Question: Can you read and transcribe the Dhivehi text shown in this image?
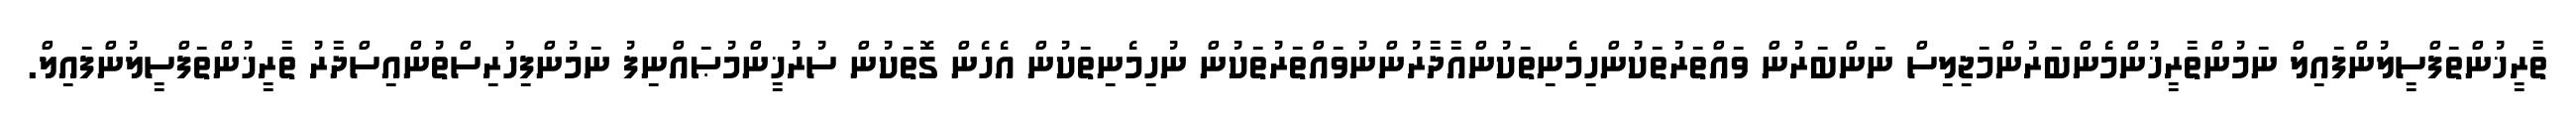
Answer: ތާރީޚުންތަފްސީލުންފައިލް ނަމުންތާރީޚުންމެންބަރުންމަޖިލިސް ނަންބަރުން ވައްތަރުތަކުންހިމެނިތަކުންއާދާރުންނުވައްތަރުތަކުން ނުހިމެނިތަކުން އެހެން ގޮތަކުން ސުރުޚީންމުޞައްނިފު ނަމުންފިހުރިސްތުންއިސްދާރު ތާރީޚުންތަފްސީލުންފައިލް.